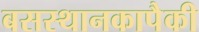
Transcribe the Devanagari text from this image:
बसस्थानकापैकी